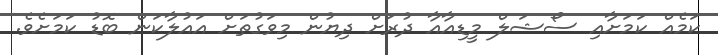
ކަމެއް ކަމަށާއި ސޯޝަލް މީޑިއާއާ ދުރަށް ދިޔުން މިވަގުތަށް އައުލާކަން ބޮޑު ކަމަށެވެ.